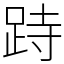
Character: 跱